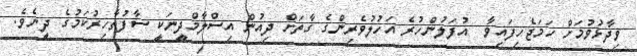
ވިދާޅުވުމަށް ހަމަޖެހިފައިވާ  އުފަލުންހުރެ އަހުލުވެރިންގެ ގާތަށް ދިއުން އިސްލާމްދީނަކީ ސާފުޠާހިރުކަމުގެ ދީނެވެ.